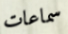
سماعات